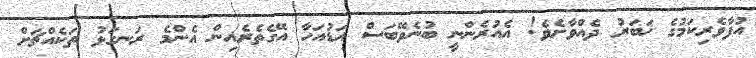
އުފާވެރިކަމުގެ ޚަބަރު ދެއްވާށެވެ! އެއުރެންނީ ބުނެވޭބަސް އަޑުއަހާ އޭގެތެރެއިން އެންމެ ރަނގަޅު ތަކެއްޗަށް